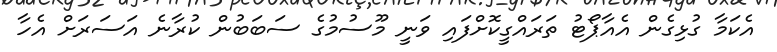
އެކަމާ ގުޅިގެން އެއާޕޯޓު ތަރައްގީކޮށްފައި ވަނީ މޫސުމުގެ ސަބަބުން ކުރާނެ އަސަރަށް އެހާ